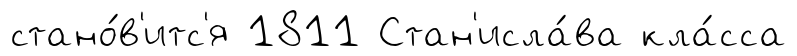
стано́в'итс'я 1811 Стан'исла́ва кла́сса